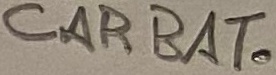
Text: CAR BAT.